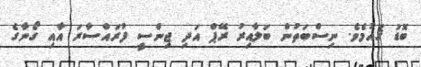
ބޮޑު ޤައުމެވެ. ނިސްބަތުން ބަލާއިރު ރޭޕް އަދި ޖިންސީ ފުރައްސާރަ އާއި ގޯނާގެ